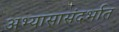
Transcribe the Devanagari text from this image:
अभ्यासासंदर्भात